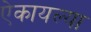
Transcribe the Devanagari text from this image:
ऐकायल्या